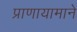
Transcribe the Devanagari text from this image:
प्राणायामाने